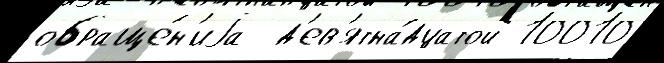
обраще́н'иjа  д'ев'ятна́дцатой 10010